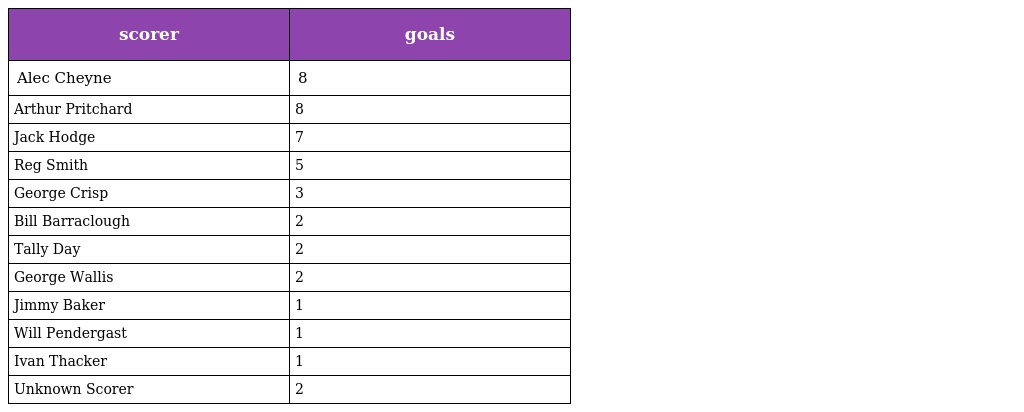
| scorer | goals |
 | --- | --- |
 | Alec Cheyne | 8 |
 | Arthur Pritchard | 8 |
 | Jack Hodge | 7 |
 | Reg Smith | 5 |
 | George Crisp | 3 |
 | Bill Barraclough | 2 |
 | Tally Day | 2 |
 | George Wallis | 2 |
 | Jimmy Baker | 1 |
 | Will Pendergast | 1 |
 | Ivan Thacker | 1 |
 | Unknown Scorer | 2 |